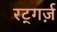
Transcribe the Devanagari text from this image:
रट्गर्ज़